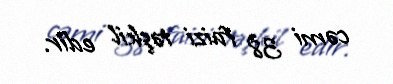
cəmi 38 faizi təşkil edir.